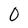
Character: 0